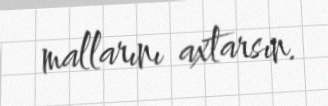
mallarını axtarsın.